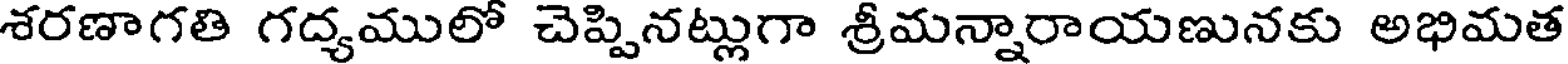
శరణాగతి గద్యములో చెప్పినట్లుగా శ్రీమన్నారాయణునకు అభిమత